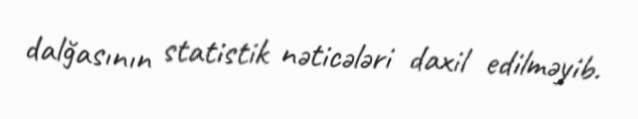
dalğasının statistik nəticələri daxil edilməyib.